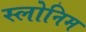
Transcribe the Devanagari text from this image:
स्लोनिम